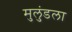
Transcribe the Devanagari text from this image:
मुलुंडला